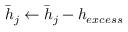
\bar { h } _ { j } \leftarrow \bar { h } _ { j } - h _ { e x c e s s }